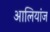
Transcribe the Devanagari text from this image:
आलियांज